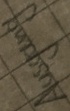
Text: Ausgang